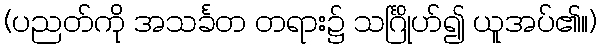
(ပညတ်ကို အသင်္ခတ တရား၌ သင်္ဂြိုဟ်၍ ယူအပ်၏။)